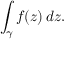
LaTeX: \int _ { \gamma } f ( z ) \, d z .